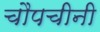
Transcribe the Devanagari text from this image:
चौपचीनी